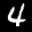
Label: 4